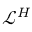
\mathcal { L } ^ { H }